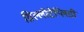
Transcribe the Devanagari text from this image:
ग्रिल्लोटैप्लिडी